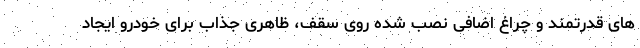
های قدرتمند و چراغ اضافی نصب شده روی سقف، ظاهری جذاب برای خودرو ایجاد